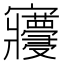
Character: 𡬓